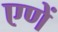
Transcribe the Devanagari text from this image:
एणें